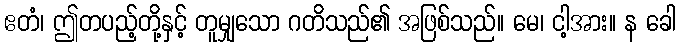
ဧတံ၊ ဤတပည့်တို့နှင့် တူမျှသော ဂတိသည်၏ အဖြစ်သည်။ မေ၊ ငါ့အား။ န ခေါ